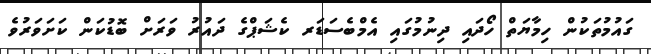
ގައުމުތަކުން ހިމާޔަތް ހޯދައި ދިނުމުގައި އެމްބެސަޑަރ ކެޝަޕްގެ ދައުރު ވަރަށް ބޮޑުކަން ކަށަވަރުވެ